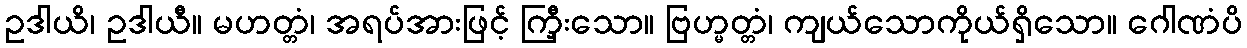
ဥဒါယိ၊ ဥဒါယီ။ မဟတ္တံ၊ အရပ်အားဖြင့် ကြှီးသော။ ဗြဟ္မတ္တံ၊ ကျယ်သောကိုယ်ရှိသော။ ဂေါဏံပိ